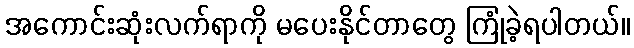
အကောင်းဆုံးလက်ရာကို မပေးနိုင်တာတွေ ကြုံခဲ့ရပါတယ်။